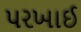
પરખાઈ